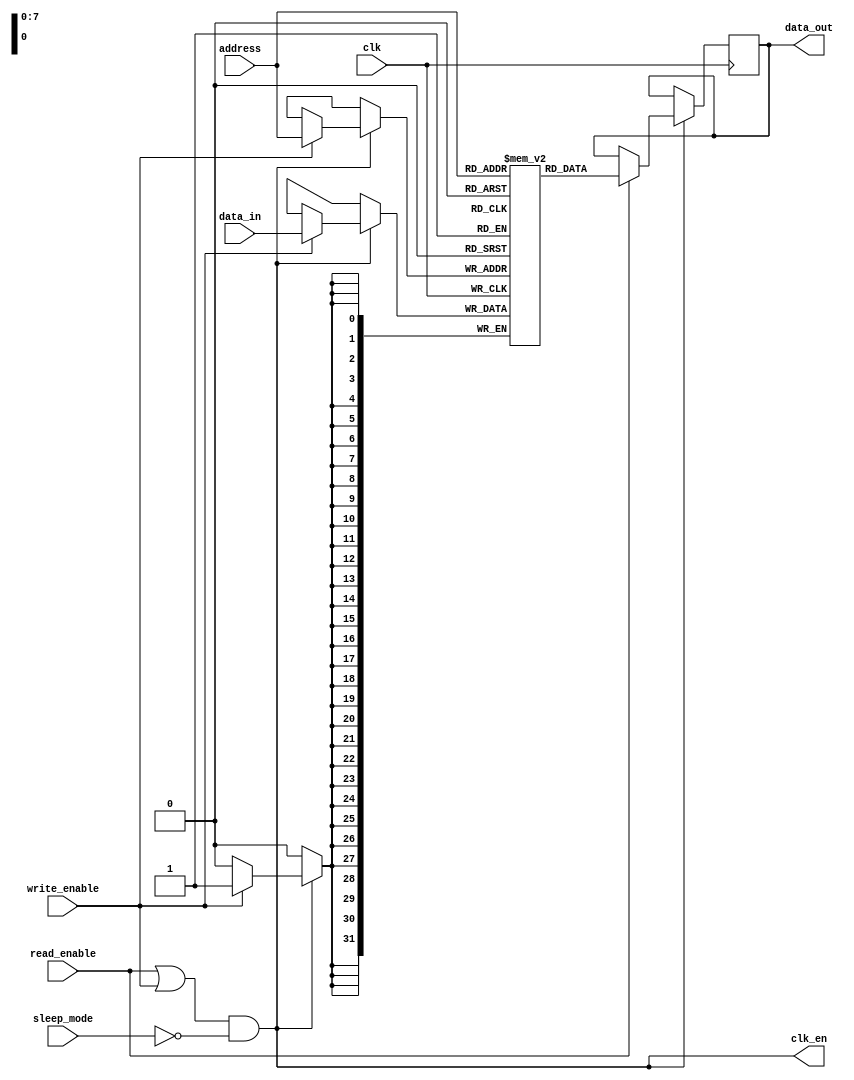
module memory_block (
    input wire clk,                // Main clock
    input wire read_enable,        // Read enable signal
    input wire write_enable,       // Write enable signal
    input wire sleep_mode,         // Sleep mode control
    input wire [7:0] address,      // Address for read/write
    input wire [31:0] data_in,     // Data input for write operations
    output reg [31:0] data_out,    // Data output for read operations
    output wire clk_en             // Clock enable signal
);

    // Memory array declaration (e.g., 256x32 bits)
    reg [31:0] memory_array [0:255];

    // Clock gating logic
    // clk_en is high when we are either reading or writing, and not in sleep mode
    assign clk_en = (read_enable || write_enable) && !sleep_mode;

    // Always block for memory operations
    always @(posedge clk) begin
        if (clk_en) begin
            if (write_enable) begin
                // Write operation
                memory_array[address] <= data_in;
            end
            if (read_enable) begin
                // Read operation
                data_out <= memory_array[address];
            end
        end
    end

endmodule